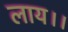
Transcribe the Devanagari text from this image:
लाय।।